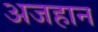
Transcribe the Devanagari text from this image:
अजहान